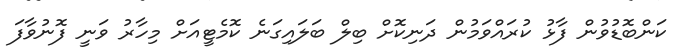
ކަންބޮޑުވުން ފާޅު ކުރައްވަމުން ދަނިކޮށް ބިލް ބަލައިގަނެ ކޮމެޓީއަށް މިހާރު ވަނީ ފޮނުވާފަ